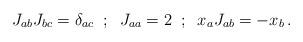
LaTeX: \begin{align*}J_{ab} J_{bc} = \delta_{ac} \;\; ; \;\; J_{aa} = 2 \;\; ; \;\;x_a J_{ab} = - x_b \, .\end{align*}